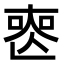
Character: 𠷔